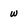
Character: w